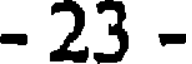
- 23 -